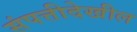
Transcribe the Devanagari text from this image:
संपत्तीदेखील